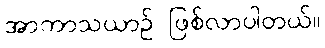
အာကာသယာဉ် ဖြစ်လာပါတယ်။